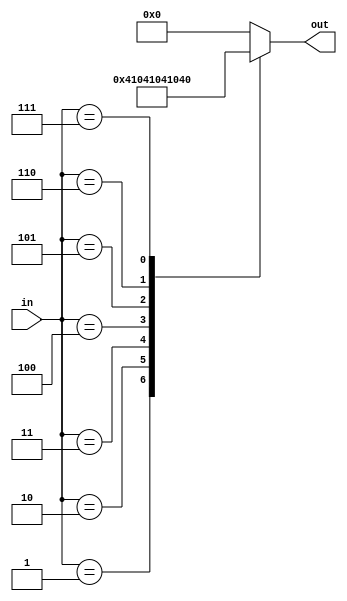
module Mux #(parameter IN_WIDTH=3, OUT_WIDTH=8)(
	input wire[2:0] in,
	output wire[6:0] out
);
	always @(in) 
	begin
		case(in)
			3'b001 : out <= 7'b0000001;
			3'b010 : out <= 7'b0000010;
			3'b011 : out <= 7'b0000100;
			3'b100 : out <= 7'b0001000;
			3'b101 : out <= 7'b0010000;
			3'b110 : out <= 7'b0100000;
			3'b111 : out <= 7'b1000000;
			default : out <= 7'b0000000;
		endcase
	end
endmodule